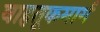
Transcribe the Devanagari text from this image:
वाहतूकमार्ग